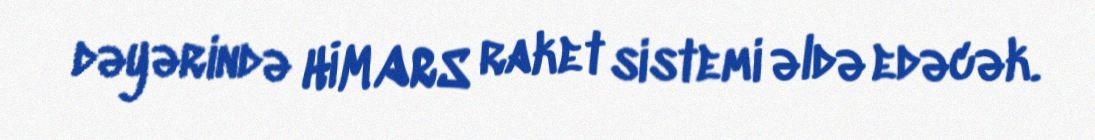
dəyərində HİMARS raket sistemi əldə edəcək.